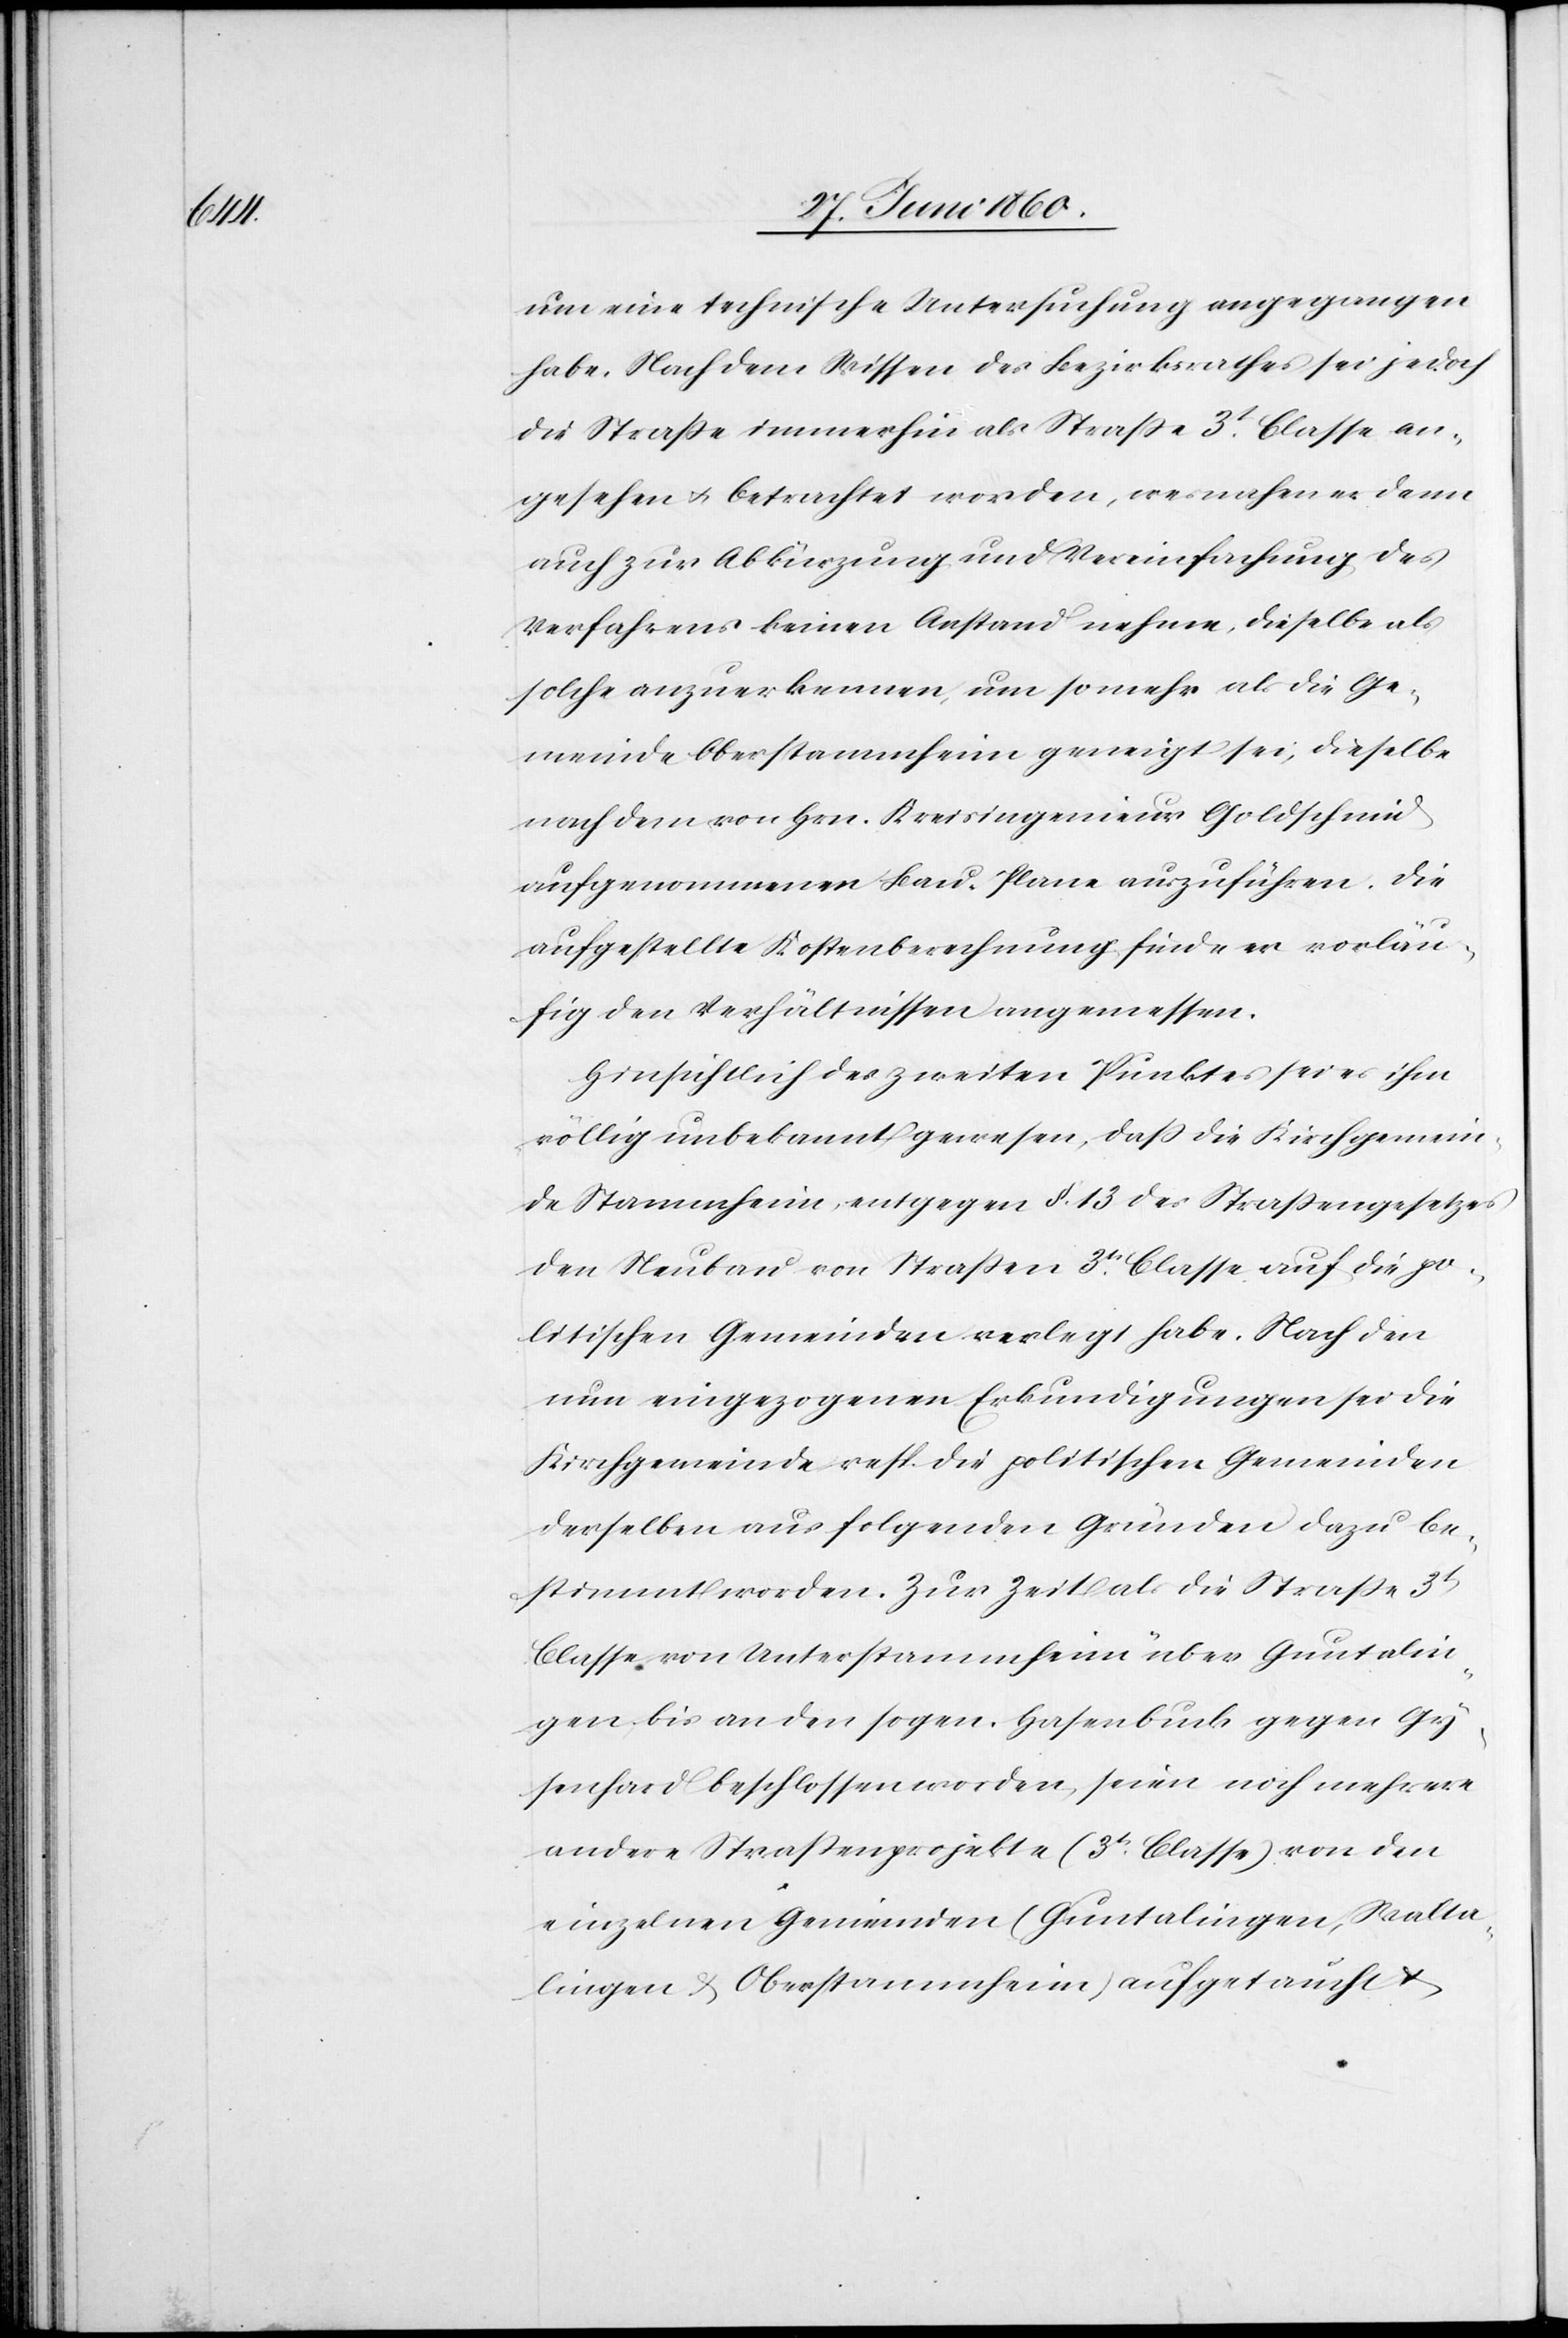
um eine technische Untersuchung angegangen
habe. Nach dem Wissen des Bezirksrathes sei jedoch
die Strasse immerhin als Strasse 3t Classe an¬
gesehen u. betrachtet worden, wesnahen es denn
auch zur Abkürzung und Vereinfachung des
Verfahrens keinen Anstand nehme, dieselbe als
solche anzuerkennen, um so mehr als die Ge¬
meinde Oberstammheim geneigt sei, dieselbe
nach den von Hrn. Kreisingenieur Goldschmid
aufgenommenen Bau-Plane auszuführen. Die
aufgestellte Kostenberechnung finde er vorläu¬
fig den Verhältnissen angemessen.
Hinsichtlich des zweiten Punktes sei es ihm
völlig unbekannt gewesen, dass die Kirchgemein¬
de Stammheim, entgegen §. 13. des Strassengesetzes
den Neubau von Strassen 3tr Classe auf die po¬
litischen Gemeinden verlegt habe. Nach den
nun eingezogenen Erkundigungen sei die
Kirchgemeinde resp. die politischen Gemeinden
derselben aus folgenden Gründen dazu be¬
stimmt worden. Zur Zeit als die Strasse 3t
Classe von Unterstammheim über Guntalin¬
gen bis an den sogen. Hasenbuck gegen Gy¬
senhard beschlossen worden, seien noch mehrere
andere Strassenprojekte (3t Classe) von den
einzelnen Gemeinden (Guntalingen, Walta¬
lingen & Oberstammheim) aufgetaucht u.